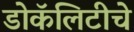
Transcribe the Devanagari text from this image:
डोकॅलिटीचे